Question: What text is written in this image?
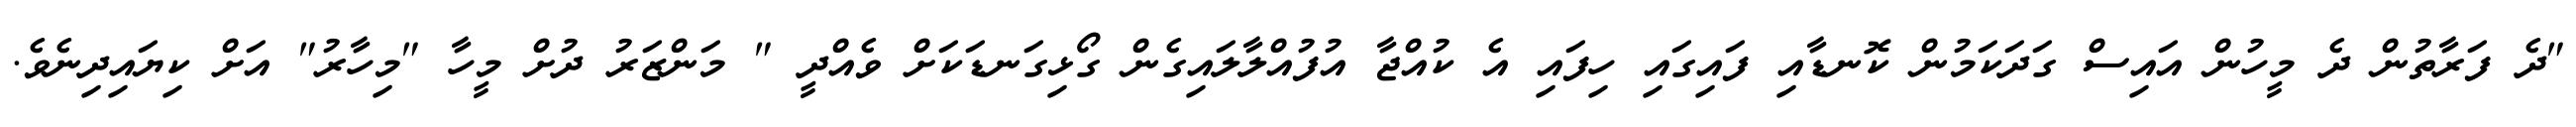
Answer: "ދެ ފަރާތުން ދެ މީހުން އައިސް ގަދަކަމުން ކޮނޑާއި ފައިގައި ހިފައި އެ ކުއްޖާ އުފުއްލާލައިގެން ގޯޅިގަނޑަކަށް ވެއްދީ " މަންޒަރު ދުށް މީހާ "މިހާރު" އަށް ކިޔައިދިނެވެ.